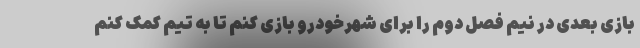
بازی بعدی در نیم فصل دوم را برای شهرخودرو بازی کنم تا به تیم کمک کنم